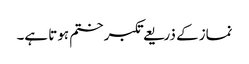
نماز کے ذریعے تکبر ختم ہوتا ہے۔